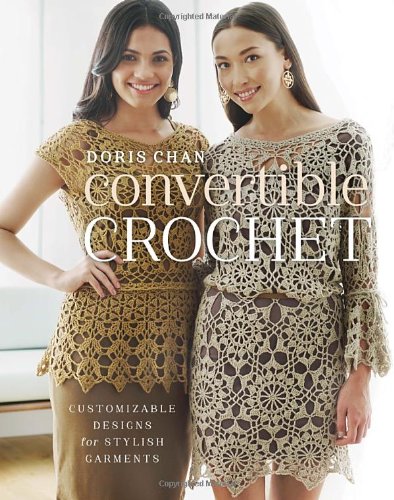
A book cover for Convertible Crochet: Customizable Designs for Stylish Garments; Doris Chan; Crafts, Hobbies & Home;